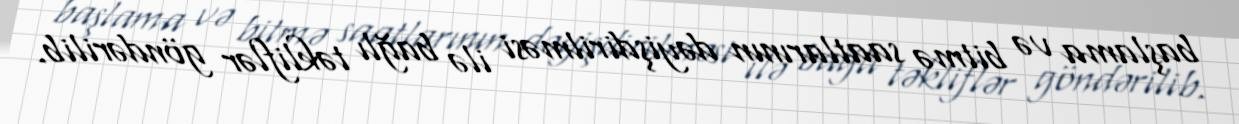
başlama və bitmə saatlarının dəyişdirilməsi ilə bağlı təkliflər göndərilib.